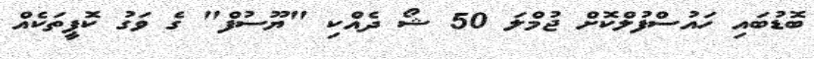
ބޮޑުބައި ހައުސްފުލްކޮށް ޖުމްލަ 50 ޝޯ ދެއްކި "ޔޫސުފް" ގެ ވަގު ކޮޕީތަކެއް